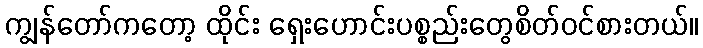
ကျွန်တော်ကတော့ ထိုင်း ရှေးဟောင်းပစ္စည်းတွေစိတ်ဝင်စားတယ်။